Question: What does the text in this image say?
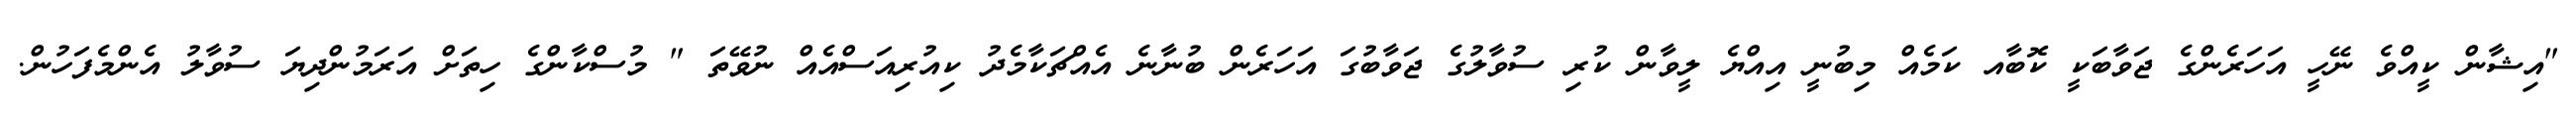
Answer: "އިޝާން ކީއްވެ ނޭހީ އަހަރެންގެ ޖަވާބަކީ ކޮބާއ ކަމެއް މިބުނީ އިއްޔެ ލީވާން ކުރި ސުވާލުގެ ޖަވާބުގަ އަހަރެން ބުނާނެ އެއްޗަކާމެދު ކިއުރިއަސްއެއް ނުވޭތަ " މުސްކާންގެ ހިތަށް އަރަމުންދިޔަ ސުވާލު އެންމެފަހުން.